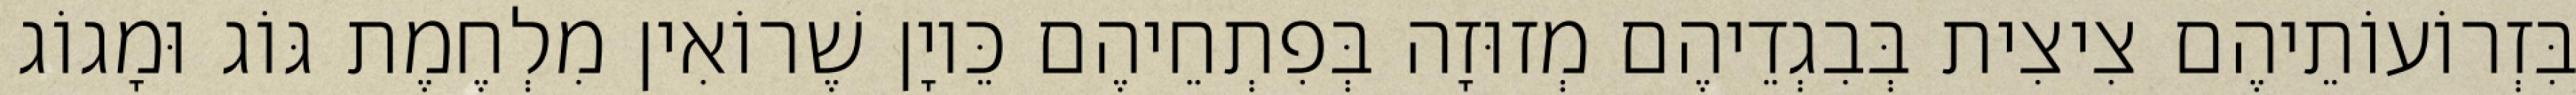
בִּזְרוֹעוֹתֵיהֶם צִיצִית בְּבִגְדֵיהֶם מְזוּזָה בְּפִתְחֵיהֶם כֵּיוָן שֶׁרוֹאִין מִלְחֶמֶת גּוֹג וּמָגוֹג